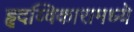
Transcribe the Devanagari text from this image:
हृदय्विकारामध्ये